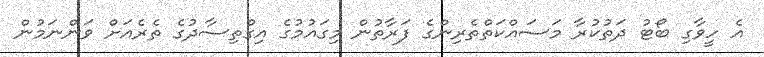
އެ ހީވާގި ބޯޓު ދަތުކުރާ މަސައްކަތްތެރިންގެ ފަރާތުން މިގައުމުގެ އިގްތިސާދުގެ ތެރެއަށް ވަންނަމުން